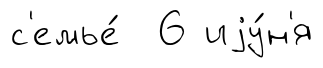
с'емье́ 6 иjу́н'я